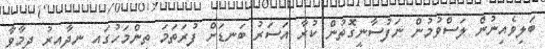
ބަލިވެއިނުން ލަސްވުމުން ނަފުސާނީގޮތުން ކުރާ އަސަރު ބަނޑަށް ފުރަތަމަ ތިންމަހުގައި ނިދާއިރު ދިމާވާ